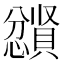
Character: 𪬼